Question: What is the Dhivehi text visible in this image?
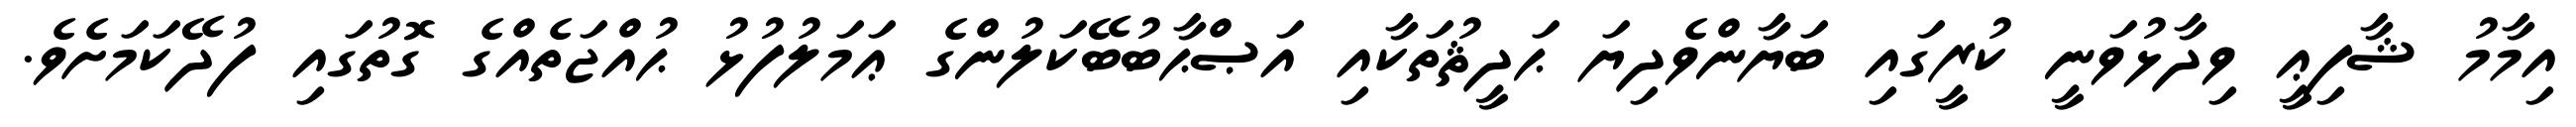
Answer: އިމާމު ޝާފިޢީ ވިދާޅުވަނީ ކުރީގައި ބަޔާންވެދިޔަ ޙަދީޘުތަކާއި އަޞްޙާބުބޭކަލުންގެ ޢަމަލުފުޅު ޙުއްޖަތެއްގެ ގޮތުގައި ފުދޭކަމަށެވެ.